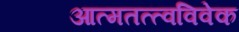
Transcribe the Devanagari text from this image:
आत्मतत्त्वविवेक